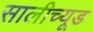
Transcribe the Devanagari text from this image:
सालीच्यूड